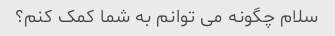
سلام چگونه می توانم به شما کمک کنم؟